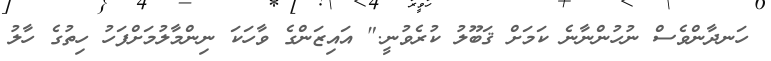
ހަނދާންވެސް ނުހުންނާނެ ކަމަށް ޤަބޫލު ކުރެވުނީ." އައިޒަންގެ ވާހަކަ ނިންމާލުމަށްފަހު ހިތުގެ ހާލު